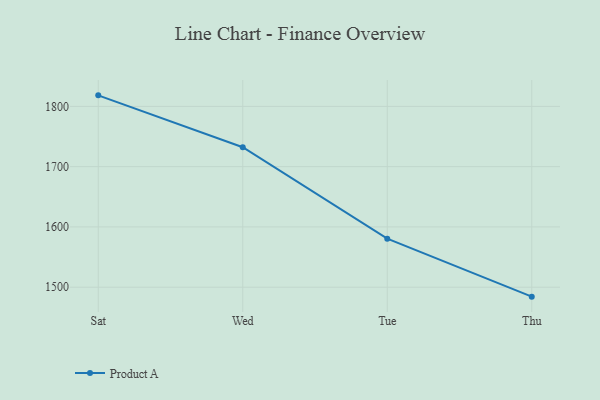
{"axis": {"x": "Day", "y": "Energy Usage (MWh)"}, "legend": ["Product A"], "data": [{"x": "Sat", "y": 1818.3, "type": "Product A"}, {"x": "Wed", "y": 1732.2, "type": "Product A"}, {"x": "Tue", "y": 1580.5, "type": "Product A"}, {"x": "Thu", "y": 1484.3, "type": "Product A"}]}